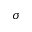
\sigma